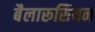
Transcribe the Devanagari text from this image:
बैलारूसियन